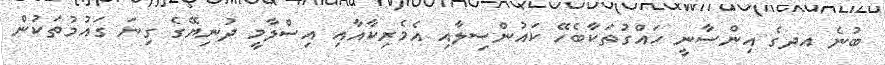
ބުނެ އދގެ އިންސާނީ ހައްގުތަކާބެހޭ ކައުންސިލާއި އެމެރިކާއާއި އިސްލާމީ ދުނިޔޭގެ ގިނަ ގައުމުތަކުން